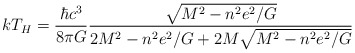
\begin{align*}kT_H = \frac{\hbar c^3}{8\pi G} \frac{\sqrt{M^2 - n^2e^2/G}}{2M^2 - n^2e^2/G + 2M\sqrt{M^2 - n^2e^2/G}}\end{align*}